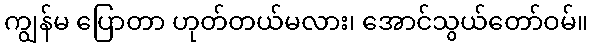
ကျွန်မ ပြောတာ ဟုတ်တယ်မလား၊ အောင်သွယ်တော်ဝမ်။